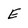
Character: E